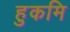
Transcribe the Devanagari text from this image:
हुकमि